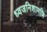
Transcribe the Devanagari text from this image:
ध्वजनिशामणि